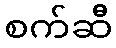
စက်ဆီ